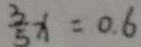
\frac { 3 } { 5 } x = 0 . 6